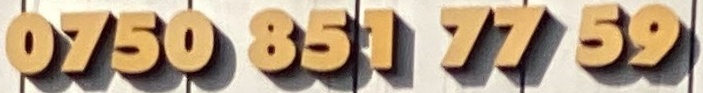
0750 851 77 59